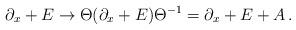
LaTeX: \begin{align*}\partial_x + E \to \Theta ( \partial_x + E )\Theta^{-1} = \partial_x + E +A \, .\end{align*}